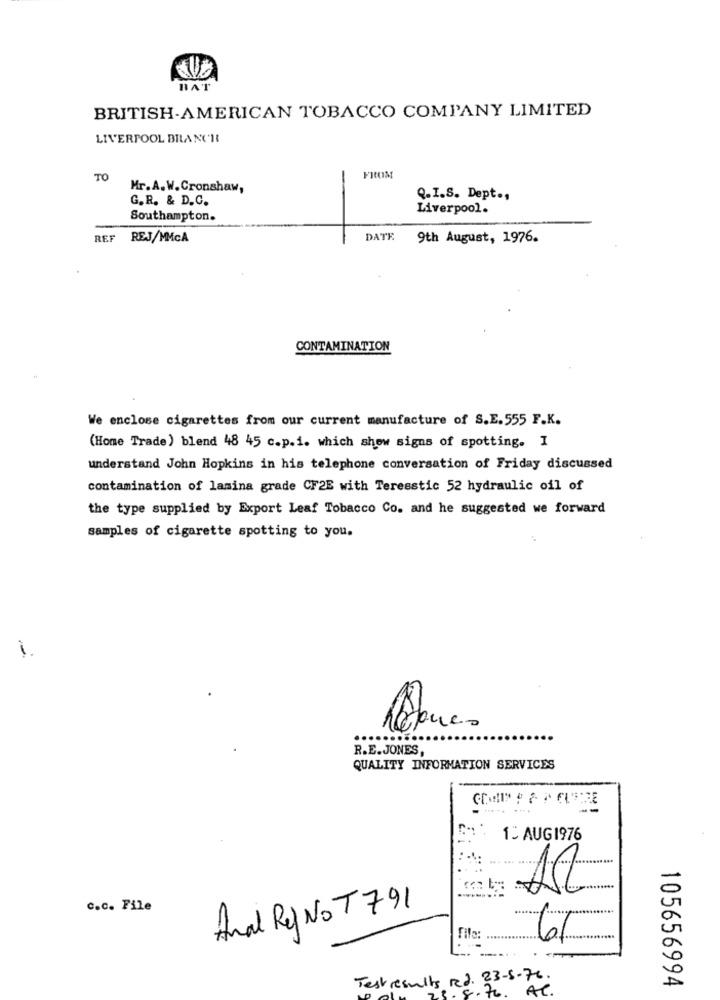
BAT
BRITISH-AMERICAN TOBACCO COMPANY LIMITED
LIVERPOOL BILANCR
TO
FROM
Mr.A.W.Cronshaw,
G. R. & D.C.
Q.I.S. Dept .,
Liverpool.
Southampton.
REF
REJ/MMCA
DATE
9th August, 1976.
CONTAMINATION
We enclose cigarettes from our current manufacture of S.E.555 F.K.
(Home Trade) blend 48 45 c.p.1. which show signs of spotting. I
understand John Hopkins in his telephone conversation of Friday discussed
contamination of lamina grade CF2E with Teresstic 52 hydraulic oil of
the type supplied by Export Leaf Tobacco Co. and he suggested we forward
samples of cigarette spotting to you.
i
R.E.JONES,
QUALITY INFORMATION SERVICES
1. AUG1976
..... ....-
c.c. File
Anal RolNOT791
File:
61
Test results Red. 23-5- 76.
AC .
105656994